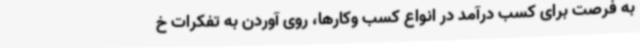
به فرصت برای کسب درآمد در انواع کسب وکارها، روی آوردن به تفکرات خ